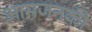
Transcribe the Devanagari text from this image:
आमजनकी